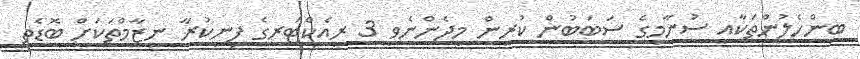
ބިންހެލުންތަކާއި ސުނާމީގެ ސަބަބުން ކުރިން މިދެންނެވި 3 ރިއެކްޓަރގެ ފިނިކުރާ ނިޒާމްތަކަށް ބޮޑެތި